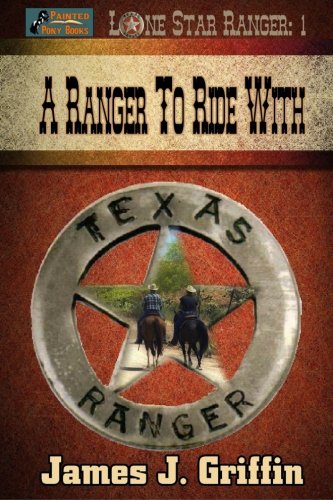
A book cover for A Ranger to Ride With (Lone Star Ranger) (Volume 1); James J Griffin; Teen & Young Adult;